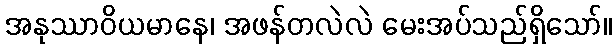
အနုဿာဝိယမာနေ၊ အဖန်တလဲလဲ မေးအပ်သည်ရှိသော်။